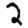
Digit: 2